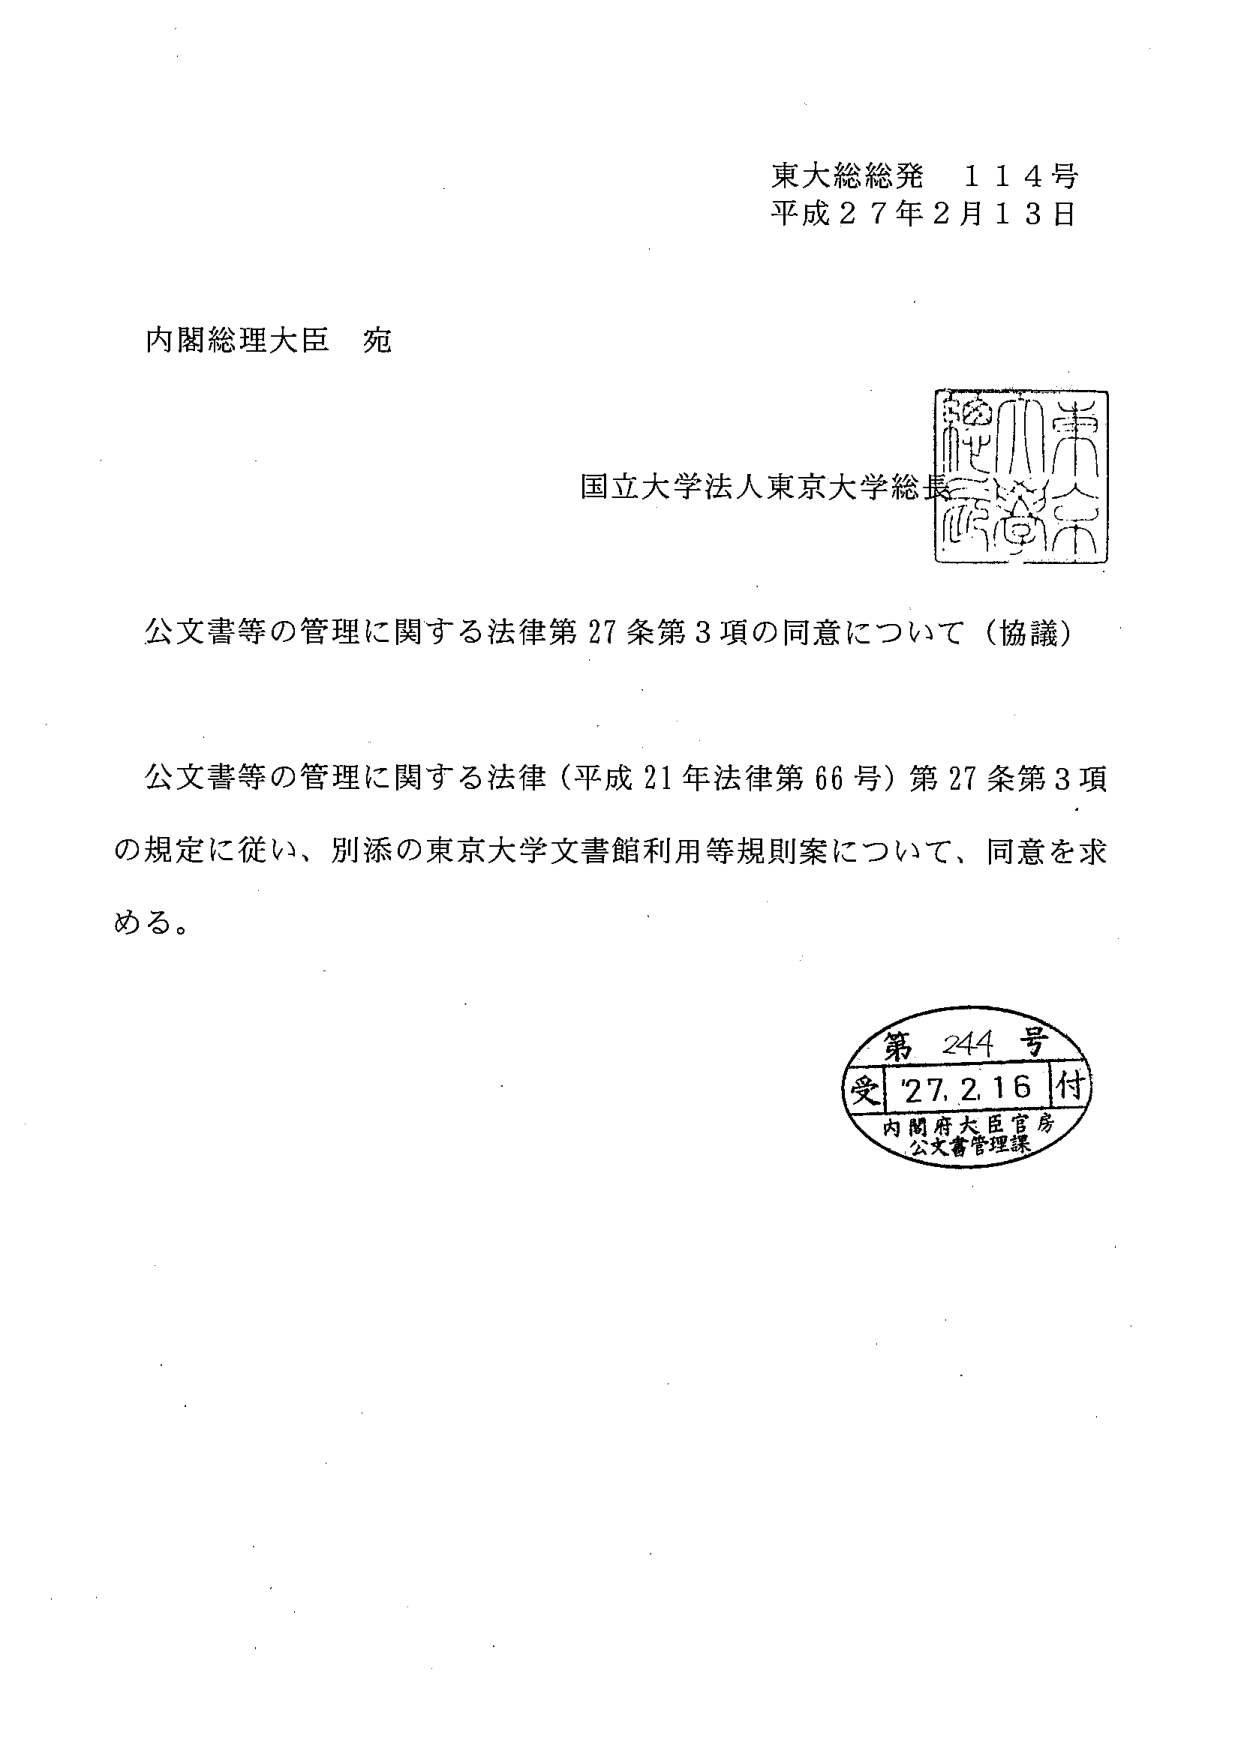
東大総総発 114号
平成27年2月13日

内閣総理大臣 宛

国立大学法人東京大学総長

公文書等の管理に関する法律第27条第3項の同意について（協議）

公文書等の管理に関する法律（平成21年法律第66号）第27条第3項の規定に従い、別添の東京大学文書館利用等規則案について、同意を求める。

第244号
受 '27.2.16 付
内閣府大臣官房
公文書管理課